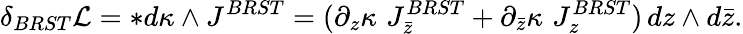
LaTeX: \delta_{BRST}{\cal L}=*d\kappa\wedge J^{BRST}=(\partial_{z}\kappa\, \, J_{\bar{z}}^{BRST}+\partial_{\bar{z}}\kappa\, \, J_{z}^{BRST})\, dz\wedge d\bar{z}.